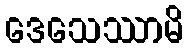
ဒေသေဿာမိ